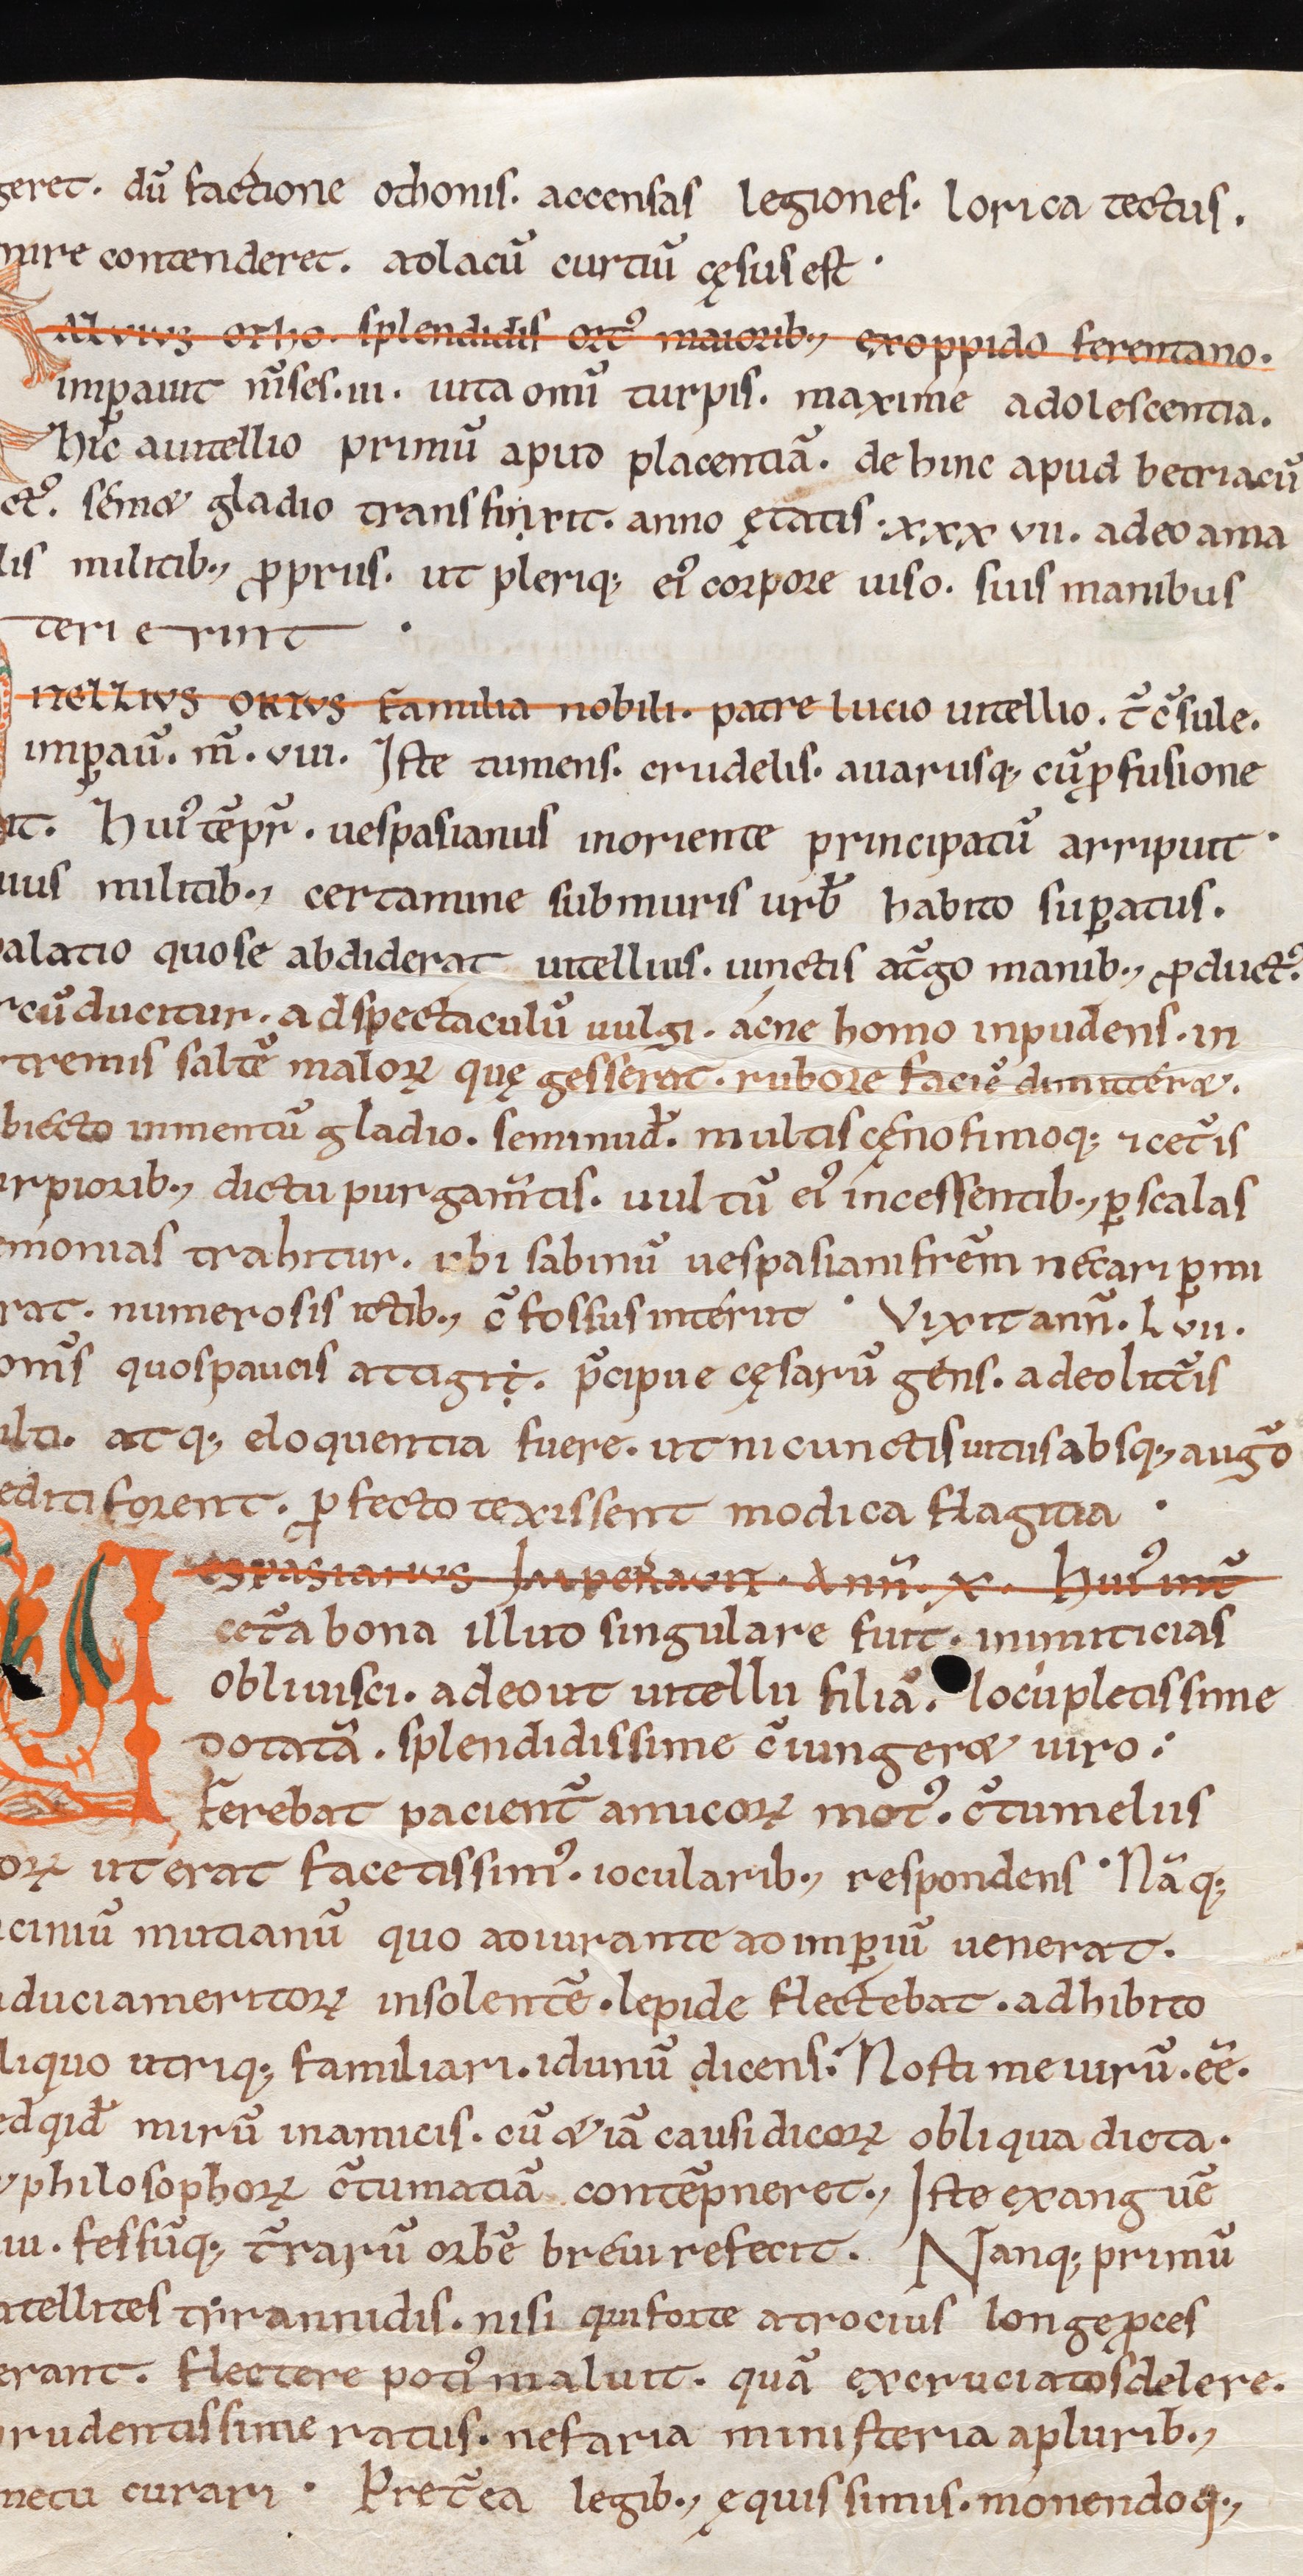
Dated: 1039–1056